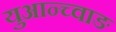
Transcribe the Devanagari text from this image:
युआन्च्वाङ